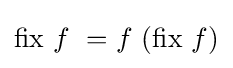
\mathrm {fix} \ f\ =f\ (\mathrm {fix} \ f)